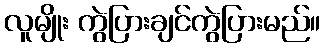
လူမျိုး ကွဲပြားချင်ကွဲပြားမည်။